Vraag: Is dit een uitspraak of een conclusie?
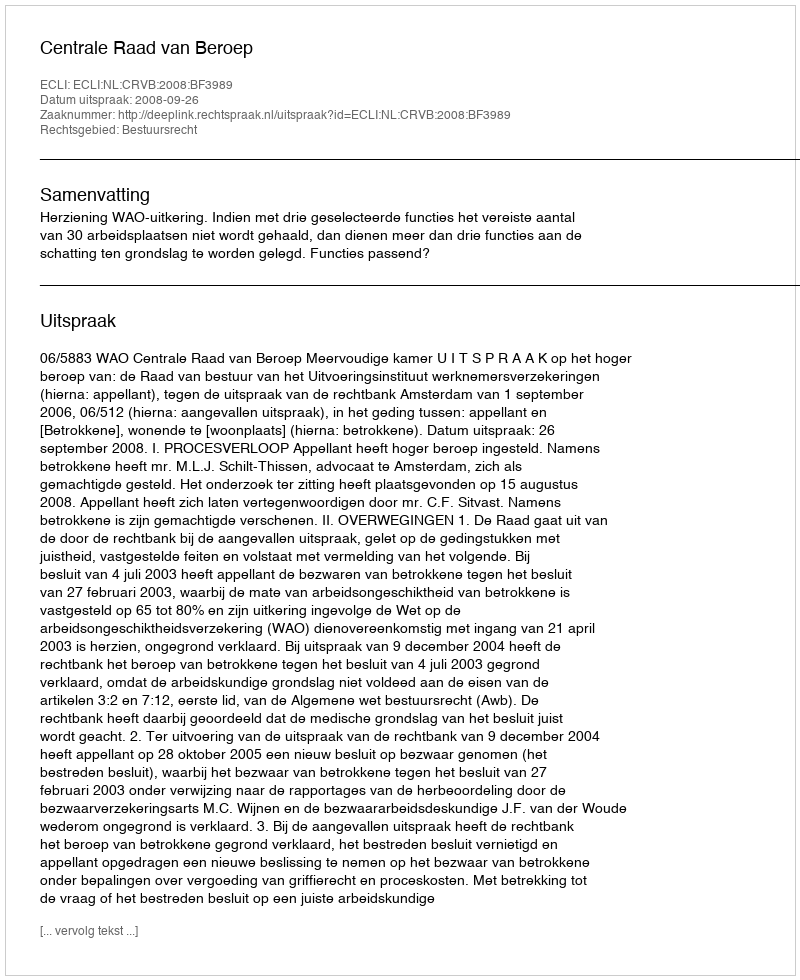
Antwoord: Uitspraak